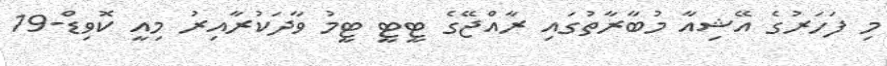
މި ފަހަރުގެ އޭޝިއާ މުބާރާތުގައި ރާއްޖޭގެ ޓީޓީ ޓީމު ވާދަކުރާއިރު މިއީ ކޮވިޑް-19